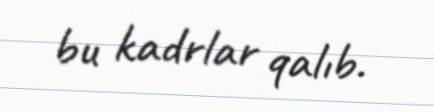
bu kadrlar qalıb.